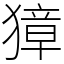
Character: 獐